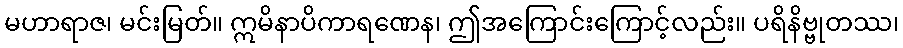
မဟာရာဇ၊ မင်းမြတ်။ ဣမိနာပိကာရဏေန၊ ဤအကြောင်းကြောင့်လည်း။ ပရိနိဗ္ဗုတဿ၊